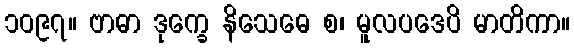
၁၀၉၇။ ဗာဓာ ဒုက္ခေ နိသေဓေ စ၊ မူလပဒေပိ မာတိကာ။